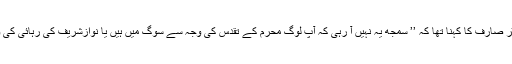
قائد کا پاکستان نامی ٹویٹر صارف کا کہنا تھا کہ ’’ سمجھ یہ نہیں آ رہی کہ آپ لوگ محرم کے تقدس کی وجہ سے سوگ میں ہیں یا نوازشریف کی رہائی کی وجہ سے سوگ میں ہیں؟